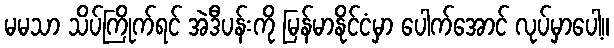
မမသာ သိပ်ကြိုက်ရင် အဲဒီပန်းကို မြန်မာနိုင်ငံမှာ ပေါက်အောင် လုပ်မှာပေါ့။